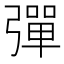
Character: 彈